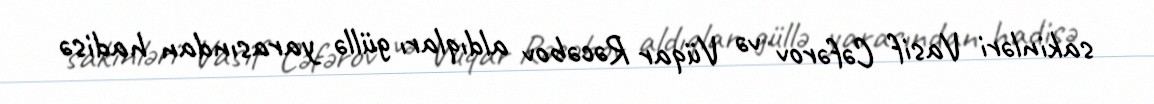
sakinləri Vasif Cəfərov və Vüqar Rəcəbov aldıqları güllə yarasından hadisə